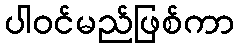
ပါဝင်မည်ဖြစ်ကာ